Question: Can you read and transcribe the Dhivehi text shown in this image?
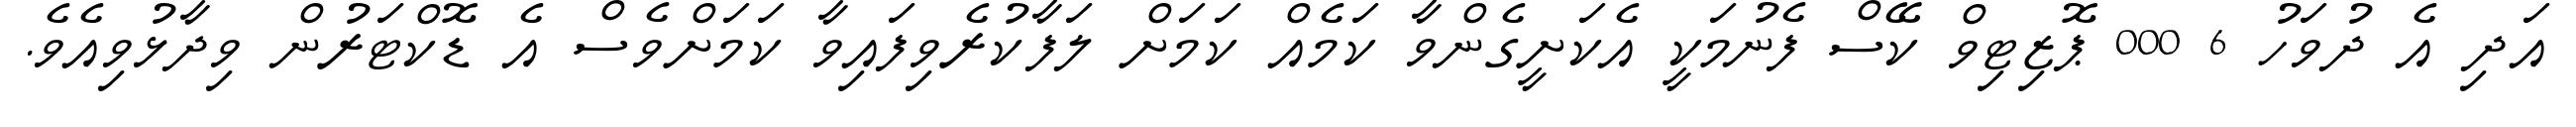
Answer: އަދި އެ ދުވަހު 6 000 ޕޮޒިޓިވް ކޭސް ފެނުމަކީ އެކަށީގެންވާ ކަމެއް ކަމަށް ލަފާކުރެވިފައިވާ ކަމަށްވެސް އެ ޑޮކްޓަރުން ވިދާޅުވިއެވެ.